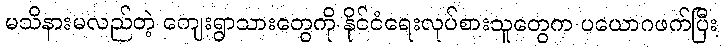
မသိနားမလည်တဲ့ ကျေးရွာသားတွေကို နိုင်ငံရေးလုပ်စားသူတွေက ပယောဂဖက်ပြီး